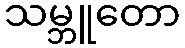
သမ္ဘူတော